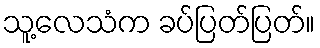
သူ့လေသံက ခပ်ပြတ်ပြတ်။